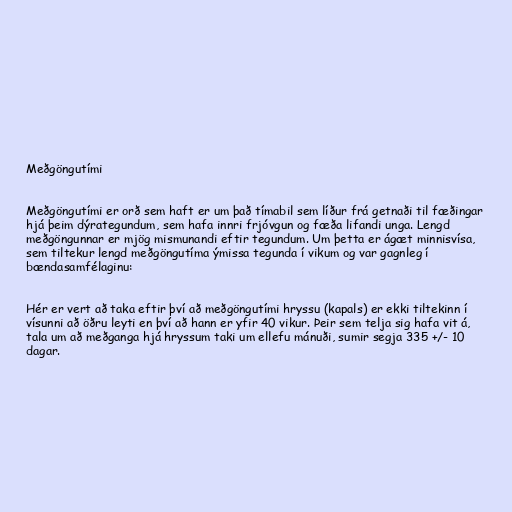
Meðgöngutími

Meðgöngutími er orð sem haft er um það tímabil sem líður frá getnaði til fæðingar
hjá þeim dýrategundum, sem hafa innri frjóvgun og fæða lifandi unga. Lengd
meðgöngunnar er mjög mismunandi eftir tegundum. Um þetta er ágæt minnisvísa,
sem tiltekur lengd meðgöngutíma ýmissa tegunda í vikum og var gagnleg í
bændasamfélaginu:

Hér er vert að taka eftir því að meðgöngutími hryssu (kapals) er ekki tiltekinn í
vísunni að öðru leyti en því að hann er yfir 40 vikur. Þeir sem telja sig hafa vit á,
tala um að meðganga hjá hryssum taki um ellefu mánuði, sumir segja 335 +/- 10
dagar.